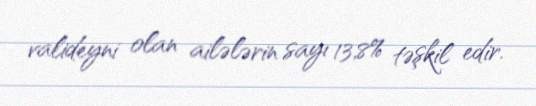
valideyni olan ailələrin sayı 13,8% təşkil edir.